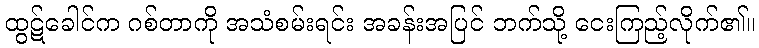
ထွဋ်ခေါင်က ဂစ်တာကို အသံစမ်းရင်း အခန်းအပြင် ဘက်သို့ ငေးကြည့်လိုက်၏။